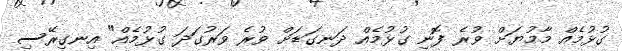
ގުޅުމެއް މާމުޔަށް ވުރެ ފޮނި ގުޅުމެއް ދަނގަޑަށް ވުރެ ވަރުގަދަ ގުޅުމެއް" އިނގިރޭސި